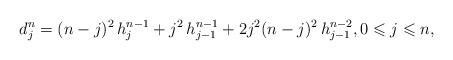
LaTeX: \begin{align*} d_j^n = (n-j)^2 \, h_j ^{n-1} + j^2 \, h_{j-1}^{n-1} + 2j^2 (n-j)^2 \, h_{j-1}^{n-2}, 0 \leqslant j \leqslant n,\end{align*}